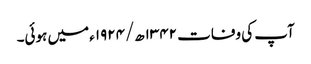
آپ کی وفات ۱۳۴۲ھ/۱۹۲۴ء میں ہوئی۔